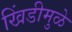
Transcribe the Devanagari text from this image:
खिंडीमुळे